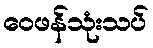
ဝေဖန်သုံးသပ်